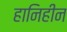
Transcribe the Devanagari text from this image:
हानिहीन